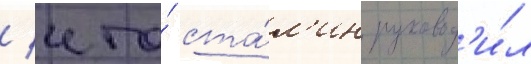
/ что́ ста́л'ин руковод'и́л